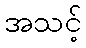
အသင့်